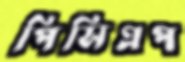
পিসিএপ